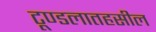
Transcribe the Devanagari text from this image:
टूण्डलातहसील